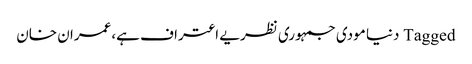
Tagged دنیا مودی جمہوری نظریے اعتراف ہے،عمران خان